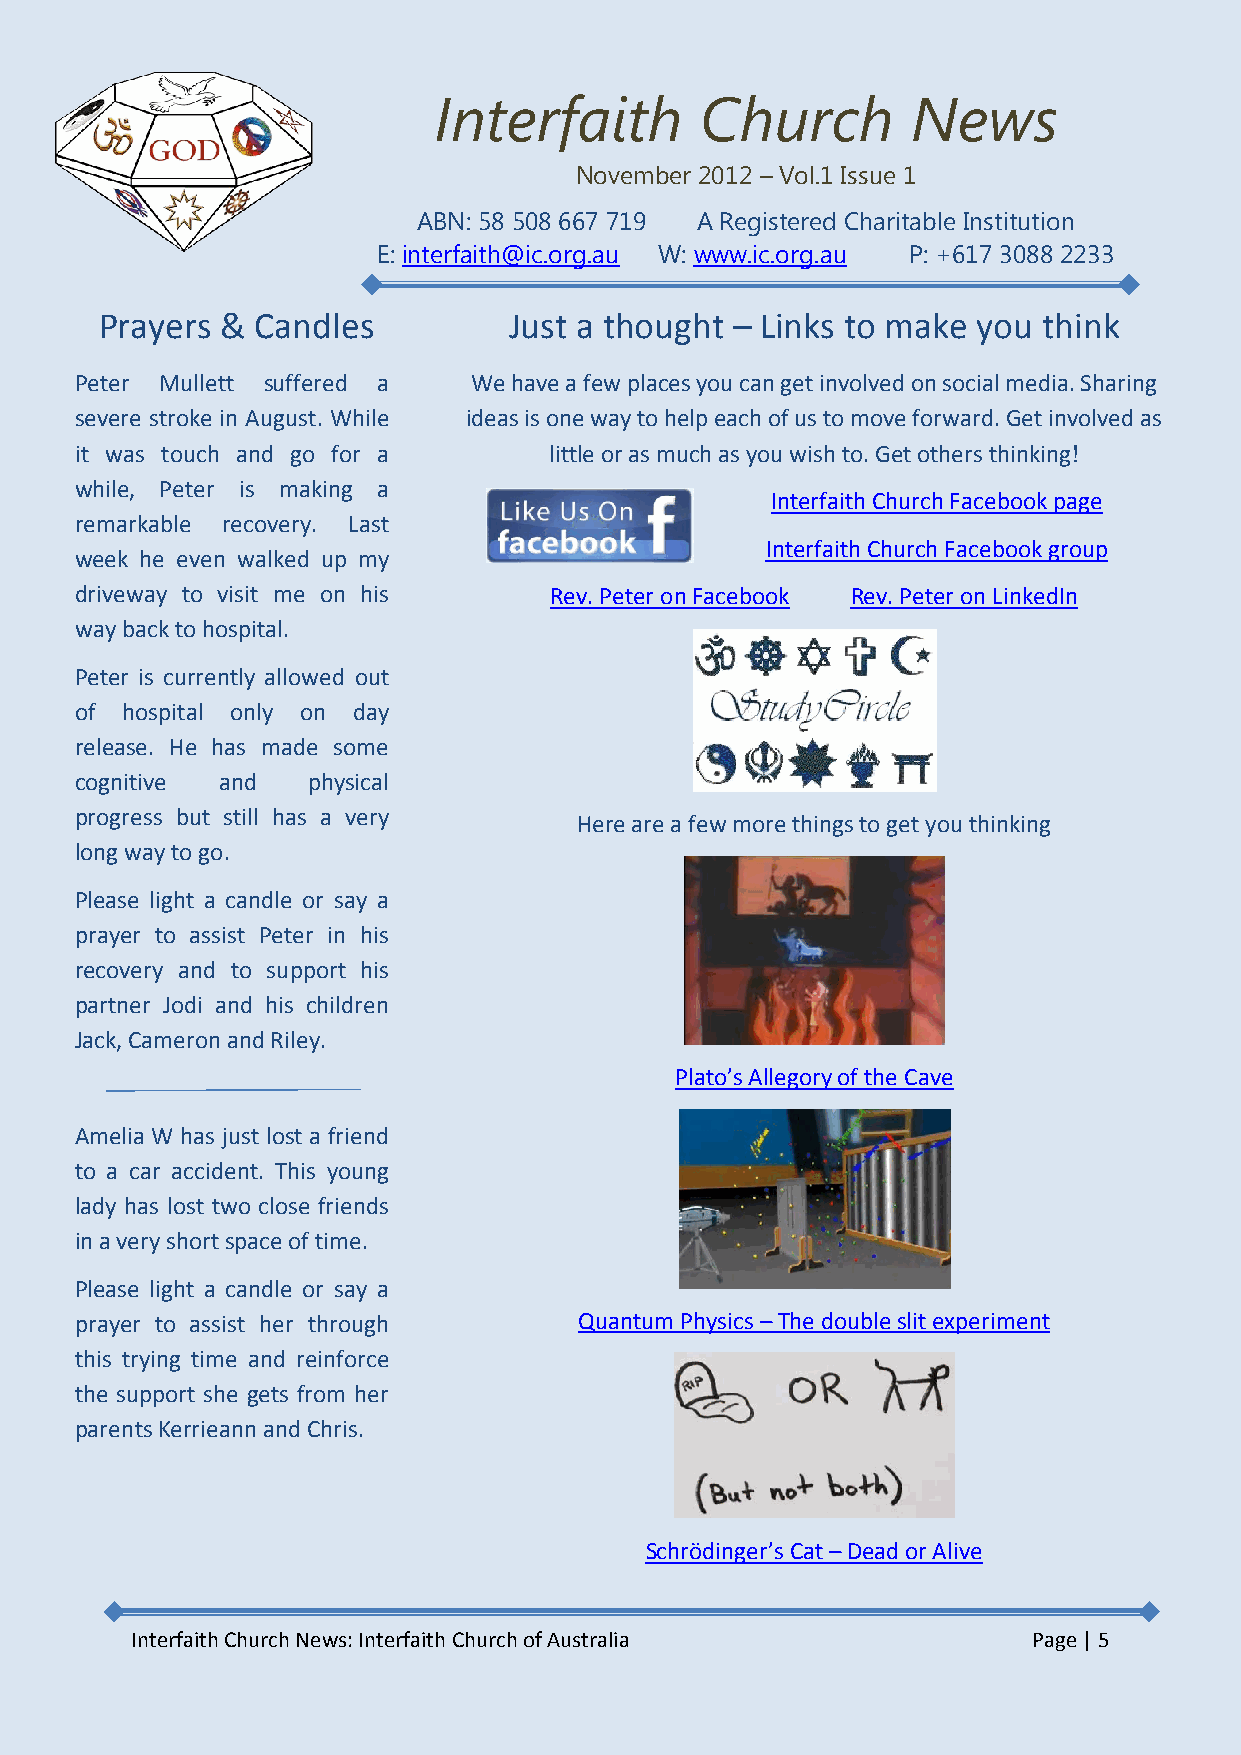
Interfaith       Church        News
 November 2012 – Vol.1 Issue 1
 ABN: 58 508 667 719 A Registered Charitable Institution
 E: interfaith@ic.org.au W: www.ic.org.au P: +617 3088 2233
 Prayers & Candles          Just a thought – Links to make you think
 Peter Mullett suffered a  We have a few places you can get involved on social media. Sharing
 severe stroke in August. While ideas is one way to help each of us to move forward. Get involved as
 it was touch and go for a      little or as much as you wish to. Get others thinking!
 while, Peter is making a
 Interfaith Church Facebook page
 remarkable recovery. Last
 Interfaith Church Facebook group
 week he even walked up my
 driveway to visit me on his    Rev. Peter on Facebook Rev. Peter on LinkedIn
 way back to hospital.
 Peter is currently allowed out
 of hospital only on day
 release. He has made some
 cognitive and  physical
 progress but still has a very
 Here are a few more things to get you thinking
 long way to go.
 Please light a candle or say a
 prayer to assist Peter in his
 recovery and to support his
 partner Jodi and his children
 Jack, Cameron and Riley.
 Plato’s Allegory of the Cave
 Amelia W has just lost a friend
 to a car accident. This young
 lady has lost two close friends
 in a very short space of time.
 Please light a candle or say a
 prayer to assist her through     Quantum Physics – The double slit experiment
 this trying time and reinforce
 the support she gets from her
 parents Kerrieann and Chris.
 Schrödinger’s Cat – Dead or Alive
 Interfaith Church News: Interfaith Church of Australia     Page | 5